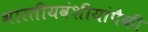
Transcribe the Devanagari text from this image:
भारतीयवंशीयांपैकी